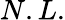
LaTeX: N.L.